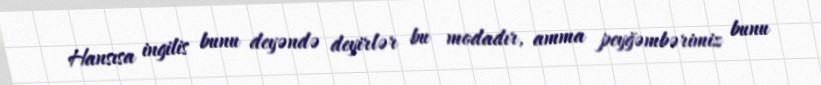
Hansısa ingilis bunu deyəndə deyirlər bu modadır, amma peyğəmbərimiz bunu